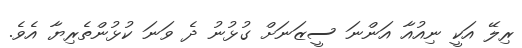
ރިލޭ އަކީ ނިއުއާ އަންނަ ސީޒަނަށް ގުޅުނު ދެ ވަނަ ކުޅުންތެރިޔާ އެވެ.